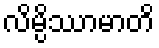
လိမ္ပိဿာမာတိ